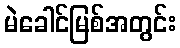
မဲခေါင်မြစ်အတွင်း